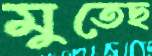
মুতেছ